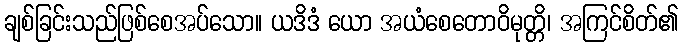
ချစ်ခြင်းသည်ဖြစ်စေအပ်သော။ ယဒိဒံ ယော အယံစေတောဝိမုတ္တိ၊ အကြင်စိတ်၏